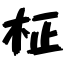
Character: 柾